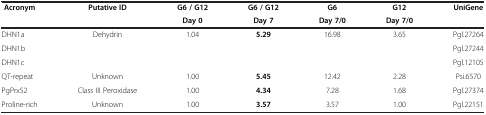
<table><thead><tr><td rowspan="2"><b>Acronym</b></td><td rowspan="2"><b>Putative ID</b></td><td><b>G6 / G12</b></td><td><b>G6 / G12</b></td><td><b>G6</b></td><td><b>G12</b></td><td rowspan="2"><b>UniGene</b></td></tr><tr><td><b>Day 0</b></td><td><b>Day 7</b></td><td><b>Day 7/0</b></td><td><b>Day 7/0</b></td></tr></thead><tbody><tr><td>DHN1a</td><td rowspan="3">Dehydrin</td><td rowspan="3">1.04</td><td rowspan="3"><b>5.29</b></td><td rowspan="3">16.98</td><td rowspan="3">3.65</td><td>Pgl.27264</td></tr><tr><td>DHN1b</td><td>Pgl.27244</td></tr><tr><td>DHN1c</td><td>Pgl.12105</td></tr><tr><td>QT-repeat</td><td>Unknown</td><td>1.00</td><td><b>5.45</b></td><td>12.42</td><td>2.28</td><td>Psi.6570</td></tr><tr><td>PgPrx52</td><td>Class III Peroxidase</td><td>1.00</td><td><b>4.34</b></td><td>7.28</td><td>1.68</td><td>Pgl.27374</td></tr><tr><td>Proline-rich</td><td>Unknown</td><td>1.00</td><td><b>3.57</b></td><td>3.57</td><td>1.00</td><td>Pgl.22151</td></tr></tbody></table>